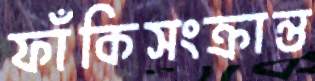
ফাঁকিসংক্রান্ত